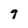
Character: 9